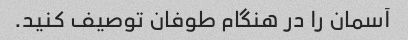
آسمان را در هنگام طوفان توصیف کنید.